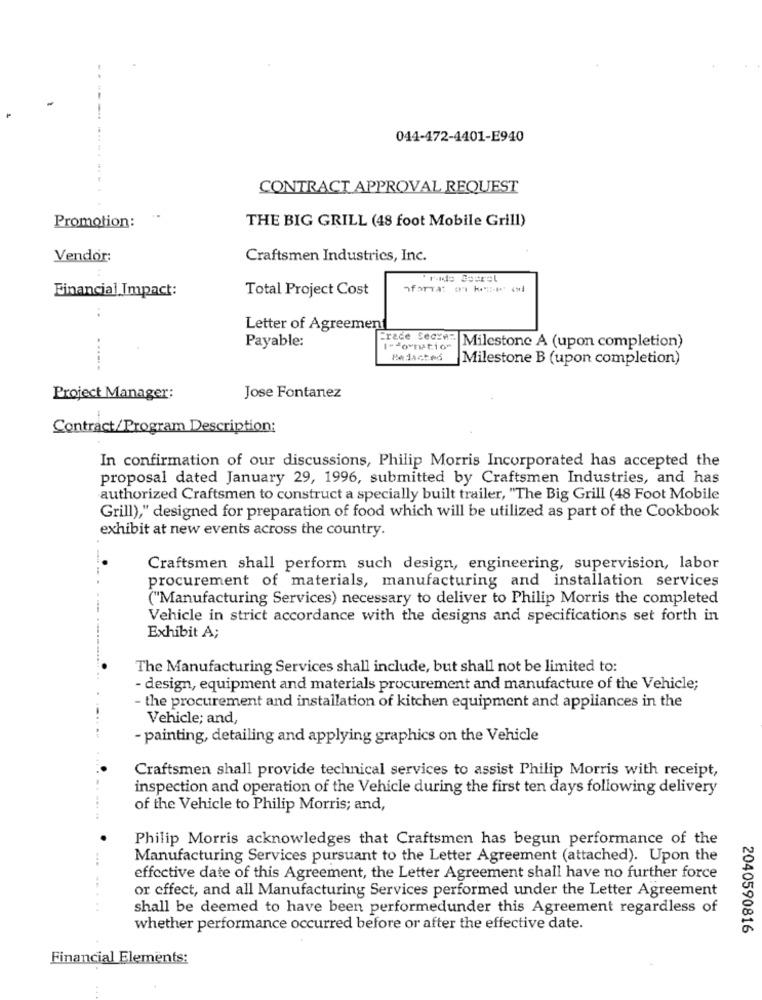
044-472-4401-E940
CONTRACT APPROVAL REQUEST
THE BIG GRILL (48 foot Mobile Grill)
Promotion:
Vendor:
Craftsmen Industries, Inc.
"ride Soerel
Financial Impact:
Total Project Cost
"forTat on kese" od
..
Letter of Agreement
Payable:
"rede Seczer Milestone A (upon completion)
I-do tion
Milestone B (upon completion)
......
Project Manager:
Jose Fontanez
Contract/Program Description:
In confirmation of our discussions, Philip Morris Incorporated has accepted the
proposal dated January 29, 1996, submitted by Craftsmen Industries, and has
authorized Craftsmen to construct a specially built trailer, "The Big Grill (48 Foot Mobile
Grill)," designed for preparation of food which will be utilized as part of the Cookbook
exhibit at new events across the country.
Craftsmen shall perform such design, engineering, supervision, labor
procurement of materials, manufacturing and installation services
("Manufacturing Services) necessary to deliver to Philip Morris the completed
Vehicle in strict accordance with the designs and specifications set forth in
Exhibit A;
The Manufacturing Services shall include, but shall not be limited to:
- design, equipment and materials procurement and manufacture of the Vehicle;
- the procurement and installation of kitchen equipment and appliances in the
Vehicle; and,
- painting, detailing and applying graphics on the Vehicle
Craftsmen shall provide technical services to assist Philip Morris with receipt,
inspection and operation of the Vehicle during the first ten days following delivery
of the Vehicle to Philip Morris; and,
Philip Morris acknowledges that Craftsmen has begun performance of the
Manufacturing Services pursuant to the Letter Agreement (attached). Upon the
effective date of this Agreement, the Letter Agreement shall have no further force
or effect, and all Manufacturing Services performed under the Letter Agreement
shall be deemed to have been performedunder this Agreement regardless of
whether performance occurred before or after the effective date.
2040590816
Financial Elements: